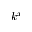
k ^ { x }